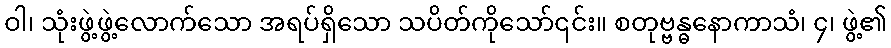
ဝါ၊ သုံးဖွဲ့ဖွဲ့လောက်သော အရပ်ရှိသော သပိတ်ကိုသော်၎င်း။ စတုဗ္ဗန္ဓနောကာသံ၊ ၄၊ ဖွဲ့၏